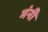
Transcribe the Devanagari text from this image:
मंनी